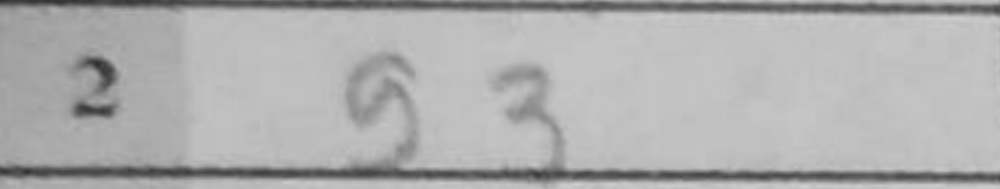
Transcription: g3